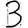
Digit: 3